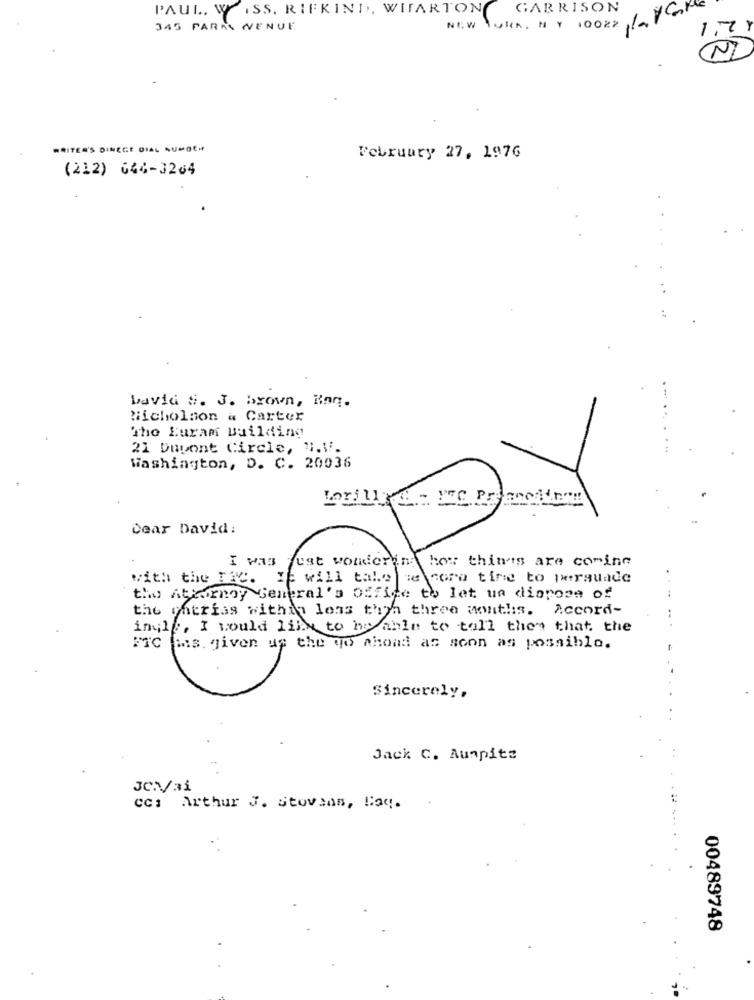
PAUL. W .SS. RIFKIND, WIFARTON
GARRISON
345 PARAS VENUE
NEW
TURA, N Y 10022
WRITER'S DINECE DIAL AUMOCH
February 27, 1976
(212) 644-3264
Lavia S. J. brown, Kaq.
Nicholson & Carter
The Euram Building
21 Dupont Circle, T.V.
Washington, D. C. 20036
Dear David:
I was just wondering how things are coming
with the Fac. If will take me core time to persuade
the Attorney General's Office to let un dispose of
the entries within less than three months. Accord-
inglee, I would like to be able to toll then that the
ias given up the go ahead as soon as possible.
Sincerely,
Jack C. Aunpitz
cc: Arthur J. Stovaas, Bay.
00489748